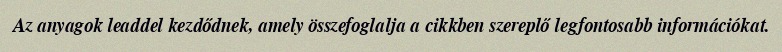
Az anyagok leaddel kezdődnek, amely összefoglalja a cikkben szereplő legfontosabb információkat.